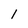
Character: 1